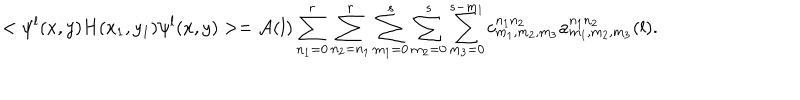
< \psi ^ { l } ( x , y ) H ( x _ { 1 } , y _ { 1 } ) \psi ^ { l } ( x , y ) > = { \cal A } ( l ) \sum _ { n _ { 1 } = 0 } ^ { r } \sum _ { n _ { 2 } = n _ { 1 } } ^ { r } \sum _ { m _ { 1 } = 0 } ^ { s } \sum _ { m _ { 2 } = 0 } ^ { s } \sum _ { m _ { 3 } = 0 } ^ { s - m _ { 1 } } c _ { m _ { 1 } , m _ { 2 } , m _ { 3 } } ^ { n _ { 1 } n _ { 2 } } a _ { m _ { 1 } , m _ { 2 } , m _ { 3 } } ^ { n _ { 1 } n _ { 2 } } ( l ) .